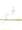
فى